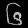
Digit: ၆